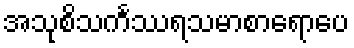
အသုစိသင်္ကဿရသမာစာရောပေ